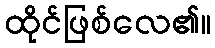
ထိုင်ဖြစ်လေ၏။